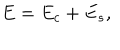
E = E _ { c } + E _ { s } ,